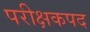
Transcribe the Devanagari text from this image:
परीक्षकपद